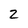
Character: 2